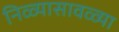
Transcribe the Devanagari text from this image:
निळ्यासावळ्या